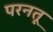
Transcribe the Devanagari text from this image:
परनतू